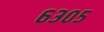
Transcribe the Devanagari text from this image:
६३०५